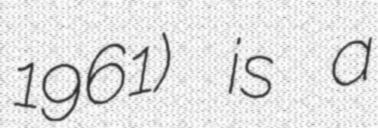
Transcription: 1961) is a